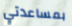
بمساعدتي